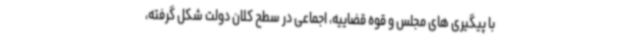
با پیگیری های مجلس و قوه قضاییه، اجماعی در سطح کلان دولت شکل گرفته،